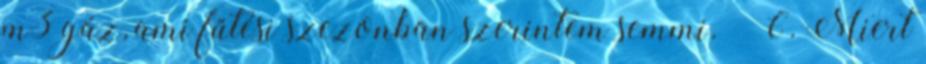
m3 gáz, ami fűtési szezonban szerintem semmi.” „6. Miert